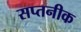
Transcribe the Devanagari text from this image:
सप्तनीक